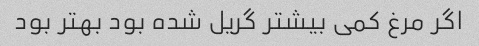
اگر مرغ کمی بیشتر گریل شده بود بهتر بود